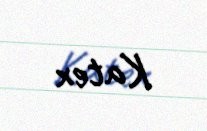
Katex